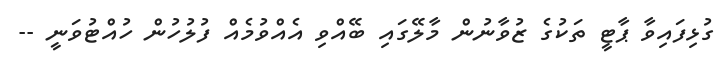
ގުޅިފައިވާ ޕާޓީ ތަކުގެ ޒުވާނުން މާލޭގައި ބޭއްވި އެއްވުމެއް ފުލުހުން ހުއްޓުވަނީ --